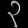
Digit: ၃